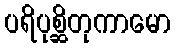
ပရိပုစ္ဆိတုကာမော